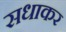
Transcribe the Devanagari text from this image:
सधाकर